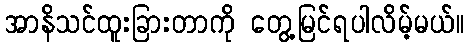
အာနိသင်ထူးခြားတာကို တွေ့မြင်ရပါလိမ့်မယ်။